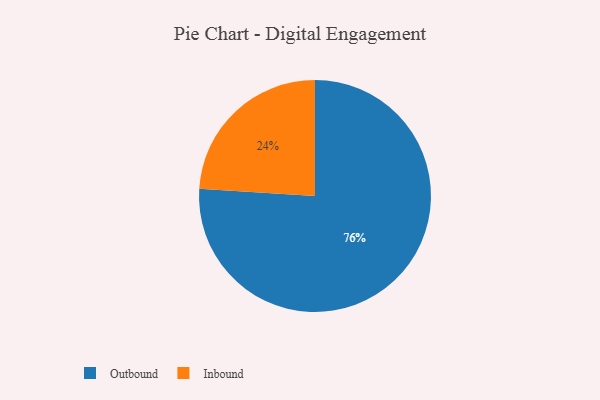
{"axis": {"x": "Category", "y": "Percentage"}, "legend": ["Inbound", "Outbound"], "data": [{"x": "Inbound", "y": 24, "type": "Inbound"}, {"x": "Outbound", "y": 76, "type": "Outbound"}]}